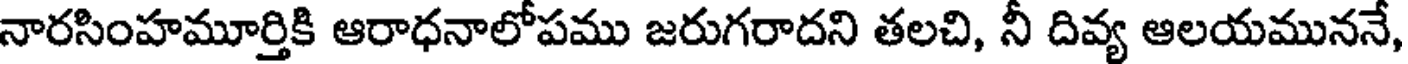
నారసింహమూర్తికి ఆరాధనాలోపము జరుగరాదని తలచి, నీ దివ్య ఆలయముననే,